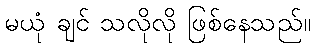
မယုံ ချင် သလိုလို ဖြစ်နေသည်။